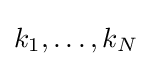
k_{1},\dots ,k_{N}